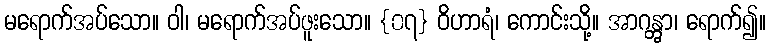
မရောက်အပ်သော။ ဝါ၊ မရောက်အပ်ဖူးသော။ {၀၇} ဝိဟာရံ၊ ကောင်းသို့။ အာဂန္တွာ၊ ရောက်၍။